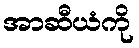
အာဆီယံကို